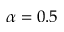
\alpha = 0 . 5